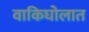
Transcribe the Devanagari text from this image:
वाकिघोलात